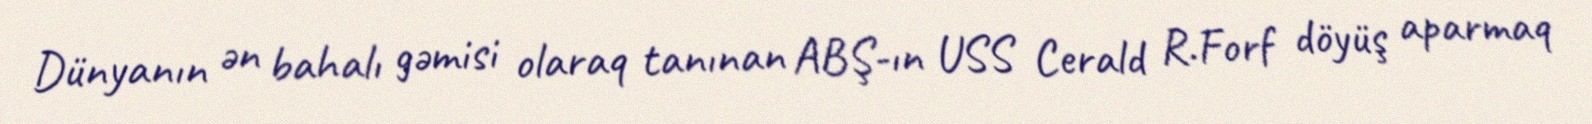
Dünyanın ən bahalı gəmisi olaraq tanınan ABŞ-ın USS Cerald R.Forf döyüş aparmaq